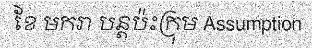
ខែ មករា បន្តប៉ះក្រុម Assumption